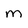
Character: m